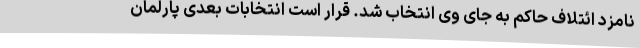
نامزد ائتلاف حاکم به جای وی انتخاب شد. قرار است انتخابات بعدی پارلمان